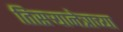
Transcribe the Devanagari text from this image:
तिसऱ्यानेत्राच्या